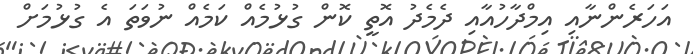
އަހަރެންނާއި އިމްދާހުއާއި ދެމެދު އޮތީ ކޮން ގުޅުމެއް ކަމެއް ނުވަތަ އެ ގުޅުމަށް